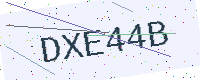
Text: DXE44B